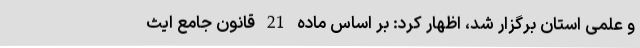
و علمی استان برگزار شد، اظهار کرد: بر اساس ماده 21 قانون جامع ایث